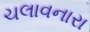
ચલાવનારા